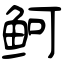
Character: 鲄